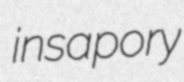
insapory